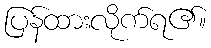
ပြန်ထားလိုက်ရ၏။